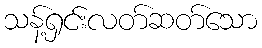
သန့်ရှင်းလတ်ဆတ်သော